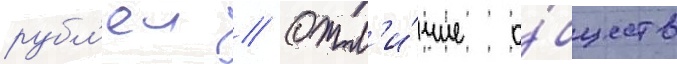
рубл'еи // Отл'и́чие о́бществ